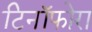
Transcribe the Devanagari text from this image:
टिनॉफोरा